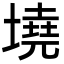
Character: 墝